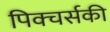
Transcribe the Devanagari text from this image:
पिक्चर्सकी